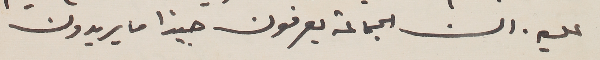
عليه. ان الجماعة يعرفون جيدًا ما يريدون